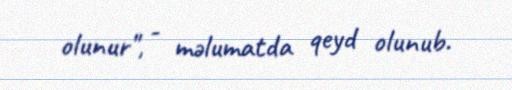
olunur", - məlumatda qeyd olunub.